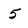
Character: 5